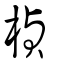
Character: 楨